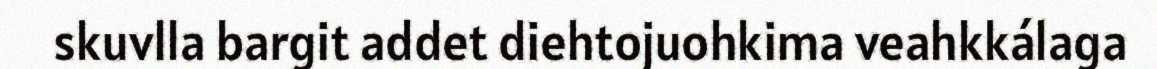
skuvlla bargit addet diehtojuohkima veahkkálaga